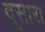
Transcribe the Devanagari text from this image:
दूसारा